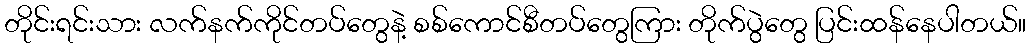
တိုင်းရင်းသား လက်နက်ကိုင်တပ်တွေနဲ့ စစ်ကောင်စီတပ်တွေကြား တိုက်ပွဲတွေ ပြင်းထန်နေပါတယ်။